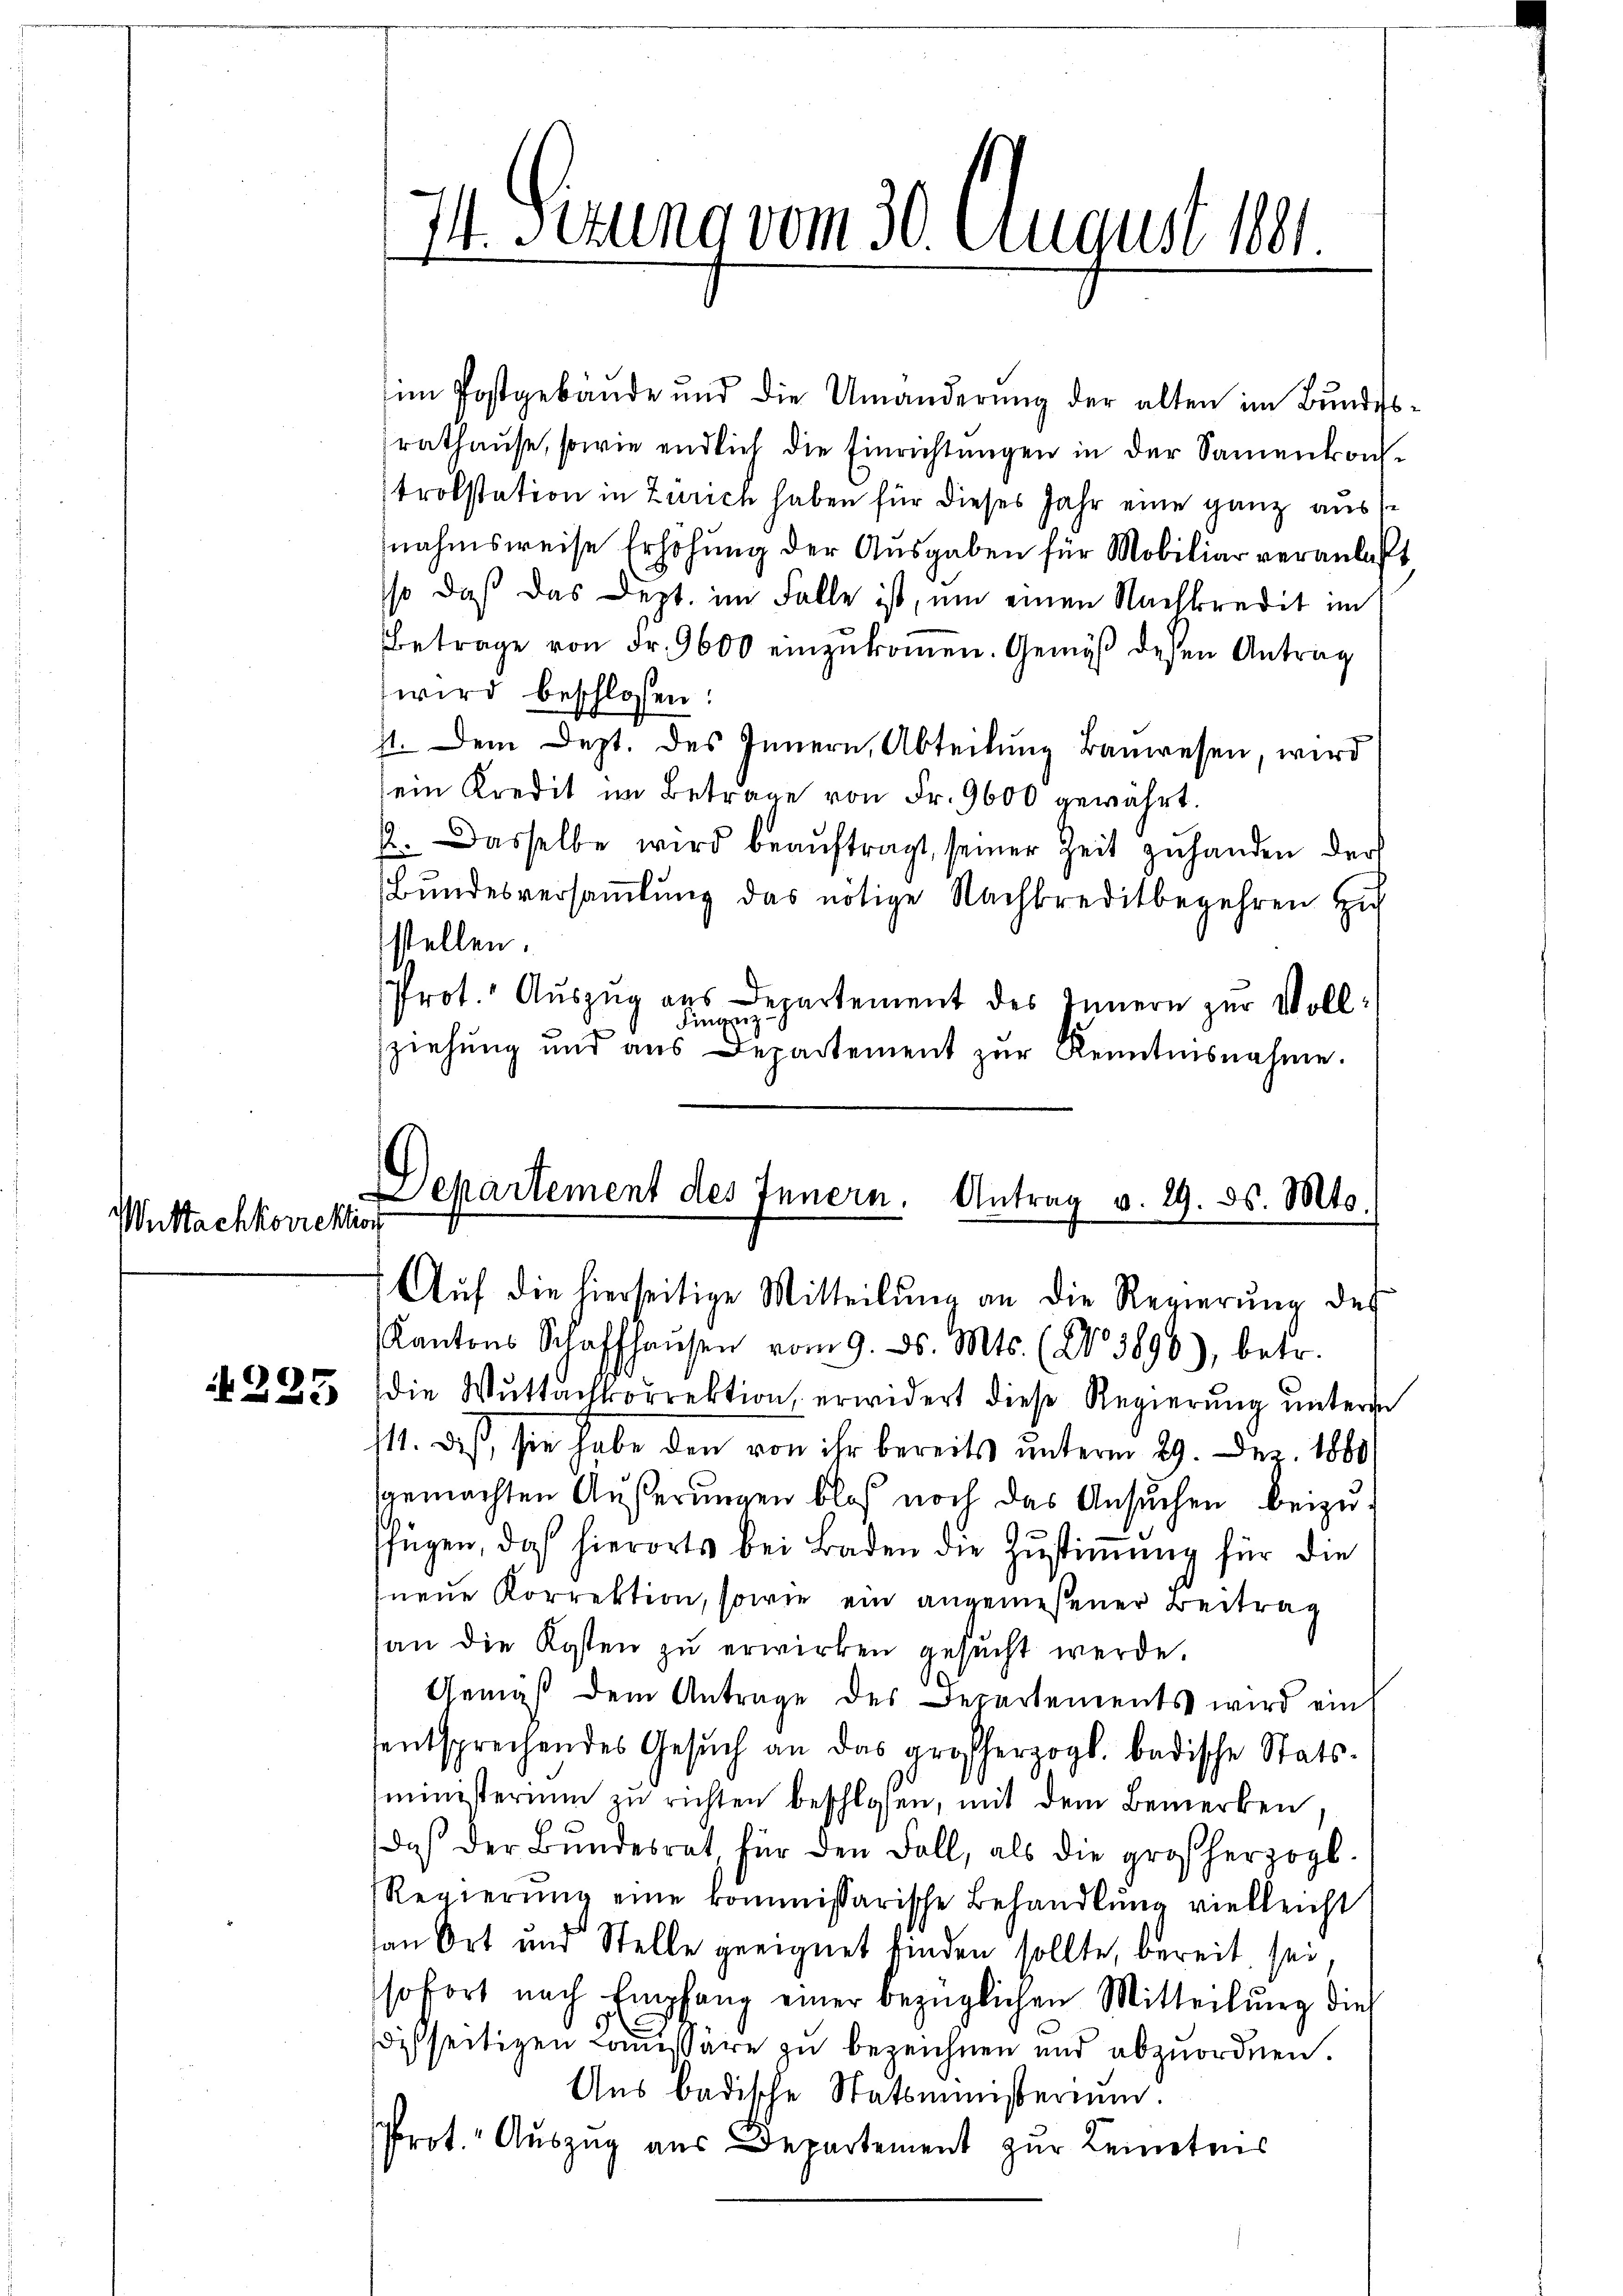
Wnttachkorrektion

im Postgebäŭde und die Umänderŭng der alten im Bŭndessrathaŭse, sowie endlich die Einrichtŭngen in der Samenkon-
trobstation in Zürich haben für dieses Jahr eine ganz ausse
nahmsweise Erhöhung der Ausgaben für Mobiliar veranlaßt,
so daß das Dept. im Falle ist, um einen Nachkredit im
Betrage von Fr. 9600 einzŭkommen. Gemäß dessen Antrag
wird beschlossen:
st. Dem Dept. des Innern, Abteilung Bauwesen, wird
ein Kredit im Betrage von Fr. 9600 gewährt.
a. Dasselbe wird beaŭftragt, seiner Zeit zŭ handen der
Bundesversaṁlŭng das nötige Nachkreditbegehren zu
stellen.
Prot. Auszug aus Departement des Innern zur Voll¬
Fingez
e
ziehŭng und aus Departement zŭr Kenntnisnahme.

11. Serung vom 30. August 1891.

Departement des Innern. Antrag v. 29. ds. Mts.
Auf die hierseitige Mitteilung an die Regierung des

Kantons Schaffhaŭsen vom 9. ds. Mts. (No 3890), betr.
N 225. die Wŭttachtorrektion, erwidert diese Regierŭng ŭnterm
/11. daß, sie habe den von ihr bereits unterm 29. Dez. 1880
sgemachten Äußerungen bloß noch das Ansuchen beizufügen, das hierorts bei Baden die Zŭstiṁŭng für die
neue Korrektion, sowie ein angemeßener Beitrag
an die Kosten zŭ erwirken gesucht werde.
Gemäß dem Antrage des Departements wird ein
sentsprechendes Gesŭch an das großherzogl. badische Stats-
ministerium zu richten beschlossen, mit dem Bemerken,
daβ der Bŭndesrat für den Fall, als die großherzogl.
Regierŭng eine kommissarische Behandlŭng vielleicht
van Ort und Stelle geeignet finden sollte, bereit sei,
sofort nach Empfang einer bezüglichen Mitteilung dies
disseitigen Commissäre zu bezeichnen und abzuordnen.
Aus badische Statsministerium
Prot. Auszug aus Departement zur Leitens